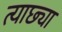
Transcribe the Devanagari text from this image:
त्याछ्या